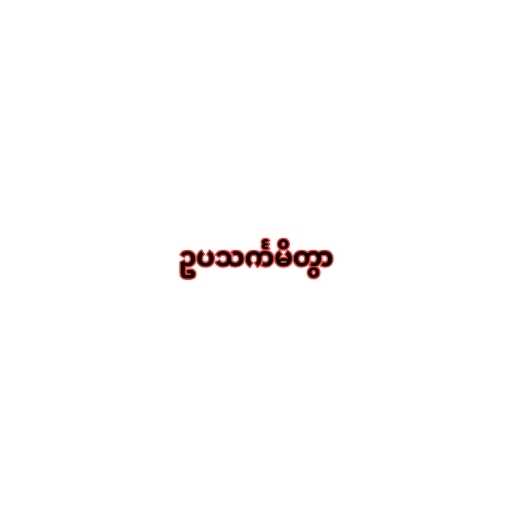
ဥပသင်္ကမိတွာ